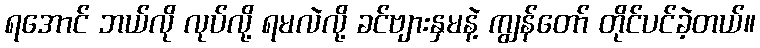
ရအောင် ဘယ်လို လုပ်လို့ ရမလဲလို့ ခင်ဗျားနှမနဲ့ ကျွန်တော် တိုင်ပင်ခဲ့တယ်။